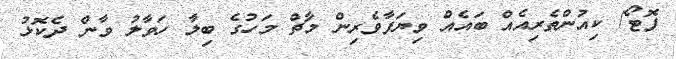
ފޮޓޯ/ ކިއުންތެރިއެއް ބައެއްް ވިޔަފާވެރިން މާޗް މަހުގެ ބިލާ ހަވާލު ވާން ދެކޮޅު